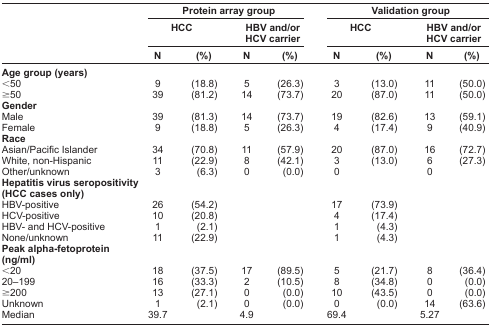
<table><thead><tr><td></td><td colspan="4"><b>Protein array group</b></td><td colspan="4"><b>Validation group</b></td></tr><tr><td></td><td colspan="2"><b>HCC</b></td><td colspan="2"><b>HBV and/or HCV carrier</b></td><td colspan="2"><b>HCC</b></td><td colspan="2"><b>HBV and/or HCV carrier</b></td></tr><tr><td></td><td><b>N</b></td><td><b>(%)</b></td><td><b>N</b></td><td><b>(%)</b></td><td><b>N</b></td><td><b>(%)</b></td><td><b>N</b></td><td><b>(%)</b></td></tr></thead><tbody><tr><td colspan="9"><b>Age group (years)</b></td></tr><tr><td>&lt;50</td><td>9</td><td>(18.8)</td><td>5</td><td>(26.3)</td><td>3</td><td>(13.0)</td><td>11</td><td>(50.0)</td></tr><tr><td>≥50</td><td>39</td><td>(81.2)</td><td>14</td><td>(73.7)</td><td>20</td><td>(87.0)</td><td>11</td><td>(50.0)</td></tr><tr><td colspan="9"><b>Gender</b></td></tr><tr><td>Male</td><td>39</td><td>(81.3)</td><td>14</td><td>(73.7)</td><td>19</td><td>(82.6)</td><td>13</td><td>(59.1)</td></tr><tr><td>Female</td><td>9</td><td>(18.8)</td><td>5</td><td>(26.3)</td><td>4</td><td>(17.4)</td><td>9</td><td>(40.9)</td></tr><tr><td colspan="9"><b>Race</b></td></tr><tr><td>Asian/Pacific Islander</td><td>34</td><td>(70.8)</td><td>11</td><td>(57.9)</td><td>20</td><td>(87.0)</td><td>16</td><td>(72.7)</td></tr><tr><td>White, non-Hispanic</td><td>11</td><td>(22.9)</td><td>8</td><td>(42.1)</td><td>3</td><td>(13.0)</td><td>6</td><td>(27.3)</td></tr><tr><td>Other/unknown</td><td>3</td><td>(6.3)</td><td>0</td><td>(0.0)</td><td>0</td><td></td><td>0</td><td></td></tr><tr><td colspan="9"><b>Hepatitis virus seropositivity (HCC cases only)</b></td></tr><tr><td>HBV-positive</td><td>26</td><td>(54.2)</td><td></td><td></td><td>17</td><td>(73.9)</td><td></td><td></td></tr><tr><td>HCV-positive</td><td>10</td><td>(20.8)</td><td></td><td></td><td>4</td><td>(17.4)</td><td></td><td></td></tr><tr><td>HBV- and HCV-positive</td><td>1</td><td>(2.1)</td><td></td><td></td><td>1</td><td>(4.3)</td><td></td><td></td></tr><tr><td>None/unknown</td><td>11</td><td>(22.9)</td><td></td><td></td><td>1</td><td>(4.3)</td><td></td><td></td></tr><tr><td colspan="9"><b>Peak alpha-fetoprotein (ng/ml)</b></td></tr><tr><td>&lt;20</td><td>18</td><td>(37.5)</td><td>17</td><td>(89.5)</td><td>5</td><td>(21.7)</td><td>8</td><td>(36.4)</td></tr><tr><td>20–199</td><td>16</td><td>(33.3)</td><td>2</td><td>(10.5)</td><td>8</td><td>(34.8)</td><td>0</td><td>(0.0)</td></tr><tr><td>≥200</td><td>13</td><td>(27.1)</td><td>0</td><td>(0.0)</td><td>10</td><td>(43.5)</td><td>0</td><td>(0.0)</td></tr><tr><td>Unknown</td><td>1</td><td>(2.1)</td><td>0</td><td>(0.0)</td><td>0</td><td>(0.0)</td><td>14</td><td>(63.6)</td></tr><tr><td>Median</td><td>39.7</td><td></td><td>4.9</td><td></td><td>69.4</td><td></td><td>5.27</td><td></td></tr></tbody></table>